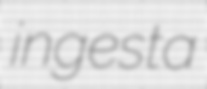
ingesta